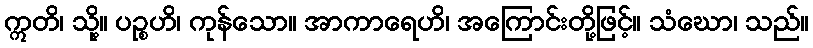
ဣတိ၊ သို့။ ပဉ္စဟိ၊ ကုန်သော။ အာကာရေဟိ၊ အကြောင်းတို့ဖြင့်။ သံဃော၊ သည်။